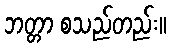
ဘတ္တာ စသည်တည်း။